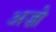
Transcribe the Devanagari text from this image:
अज़ो